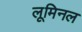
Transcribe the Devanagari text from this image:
लूमिनल